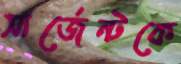
সার্জেন্টকে